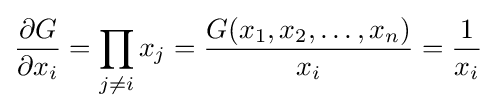
{\frac {\partial G}{\partial x_{i}}}=\prod _{j\neq i}x_{j}={\frac {G(x_{1},x_{2},\ldots ,x_{n})}{x_{i}}}={\frac {1}{x_{i}}}